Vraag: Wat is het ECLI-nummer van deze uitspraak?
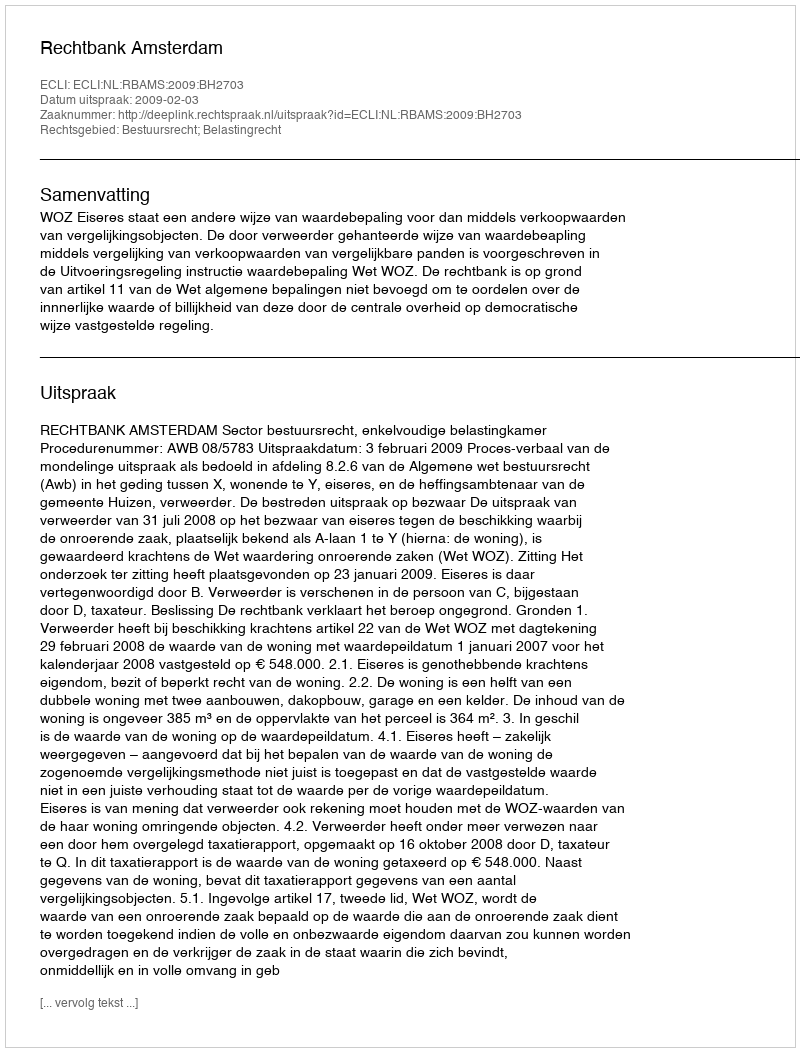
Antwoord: ECLI:NL:RBAMS:2009:BH2703